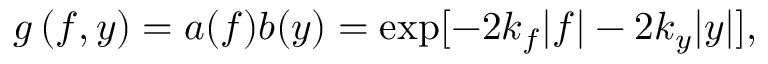
g \left( f , y \right) = a ( f ) b ( y ) = \exp [ - 2 k _ { f } | f | - 2 k _ { y } | y | ] ,